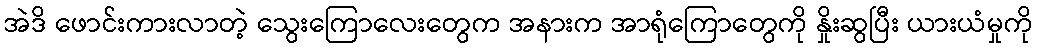
အဲဒိ ဖောင်းကားလာတဲ့ သွေးကြောလေးတွေက အနားက အာရုံကြောတွေကို နှိုးဆွပြီး ယားယံမှုကို